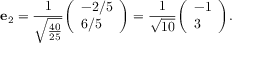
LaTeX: \mathbf { e } _ { 2 } = { \frac { 1 } { \sqrt { \frac { 4 0 } { 2 5 } } } } { \left( \begin{array} { l } { - 2 / 5 } \\ { 6 / 5 } \end{array} \right) } = { \frac { 1 } { \sqrt { 1 0 } } } { \left( \begin{array} { l } { - 1 } \\ { 3 } \end{array} \right) } .